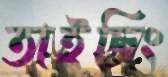
তাইজিং